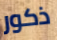
ذكور